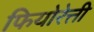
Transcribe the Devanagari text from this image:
फियोरेत्ती